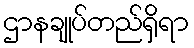
ဌာနချုပ်တည်ရှိရာ